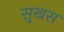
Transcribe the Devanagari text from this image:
सुखस